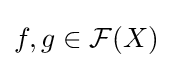
f,g\in {\mathcal {F}}(X)